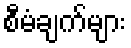
စီမံချက်များ